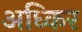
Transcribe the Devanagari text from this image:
अध्किर